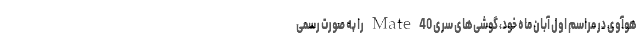
هوآوی در مراسم اول آبان ماه خود، گوشی‌های سری Mate 40 را به صورت رسمی